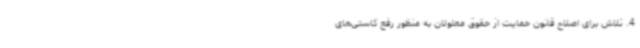
4. تلاش برای اصلاح قانون حمایت از حقوق معلولان به منظور رفع کاستی‌های